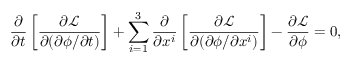
{ \frac { \partial } { \partial t } } \left[ { \frac { \partial { \mathcal { L } } } { \partial ( \partial \phi / \partial t ) } } \right] + \sum _ { i = 1 } ^ { 3 } { \frac { \partial } { \partial x ^ { i } } } \left[ { \frac { \partial { \mathcal { L } } } { \partial ( \partial \phi / \partial x ^ { i } ) } } \right] - { \frac { \partial { \mathcal { L } } } { \partial \phi } } = 0 ,